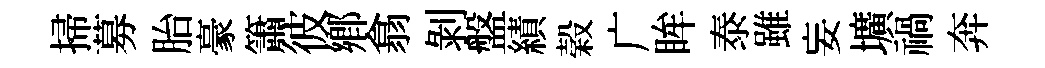
掃募胎豪簫彼鄕翕剝盤績榖广眸泰雖妄壙禍奔